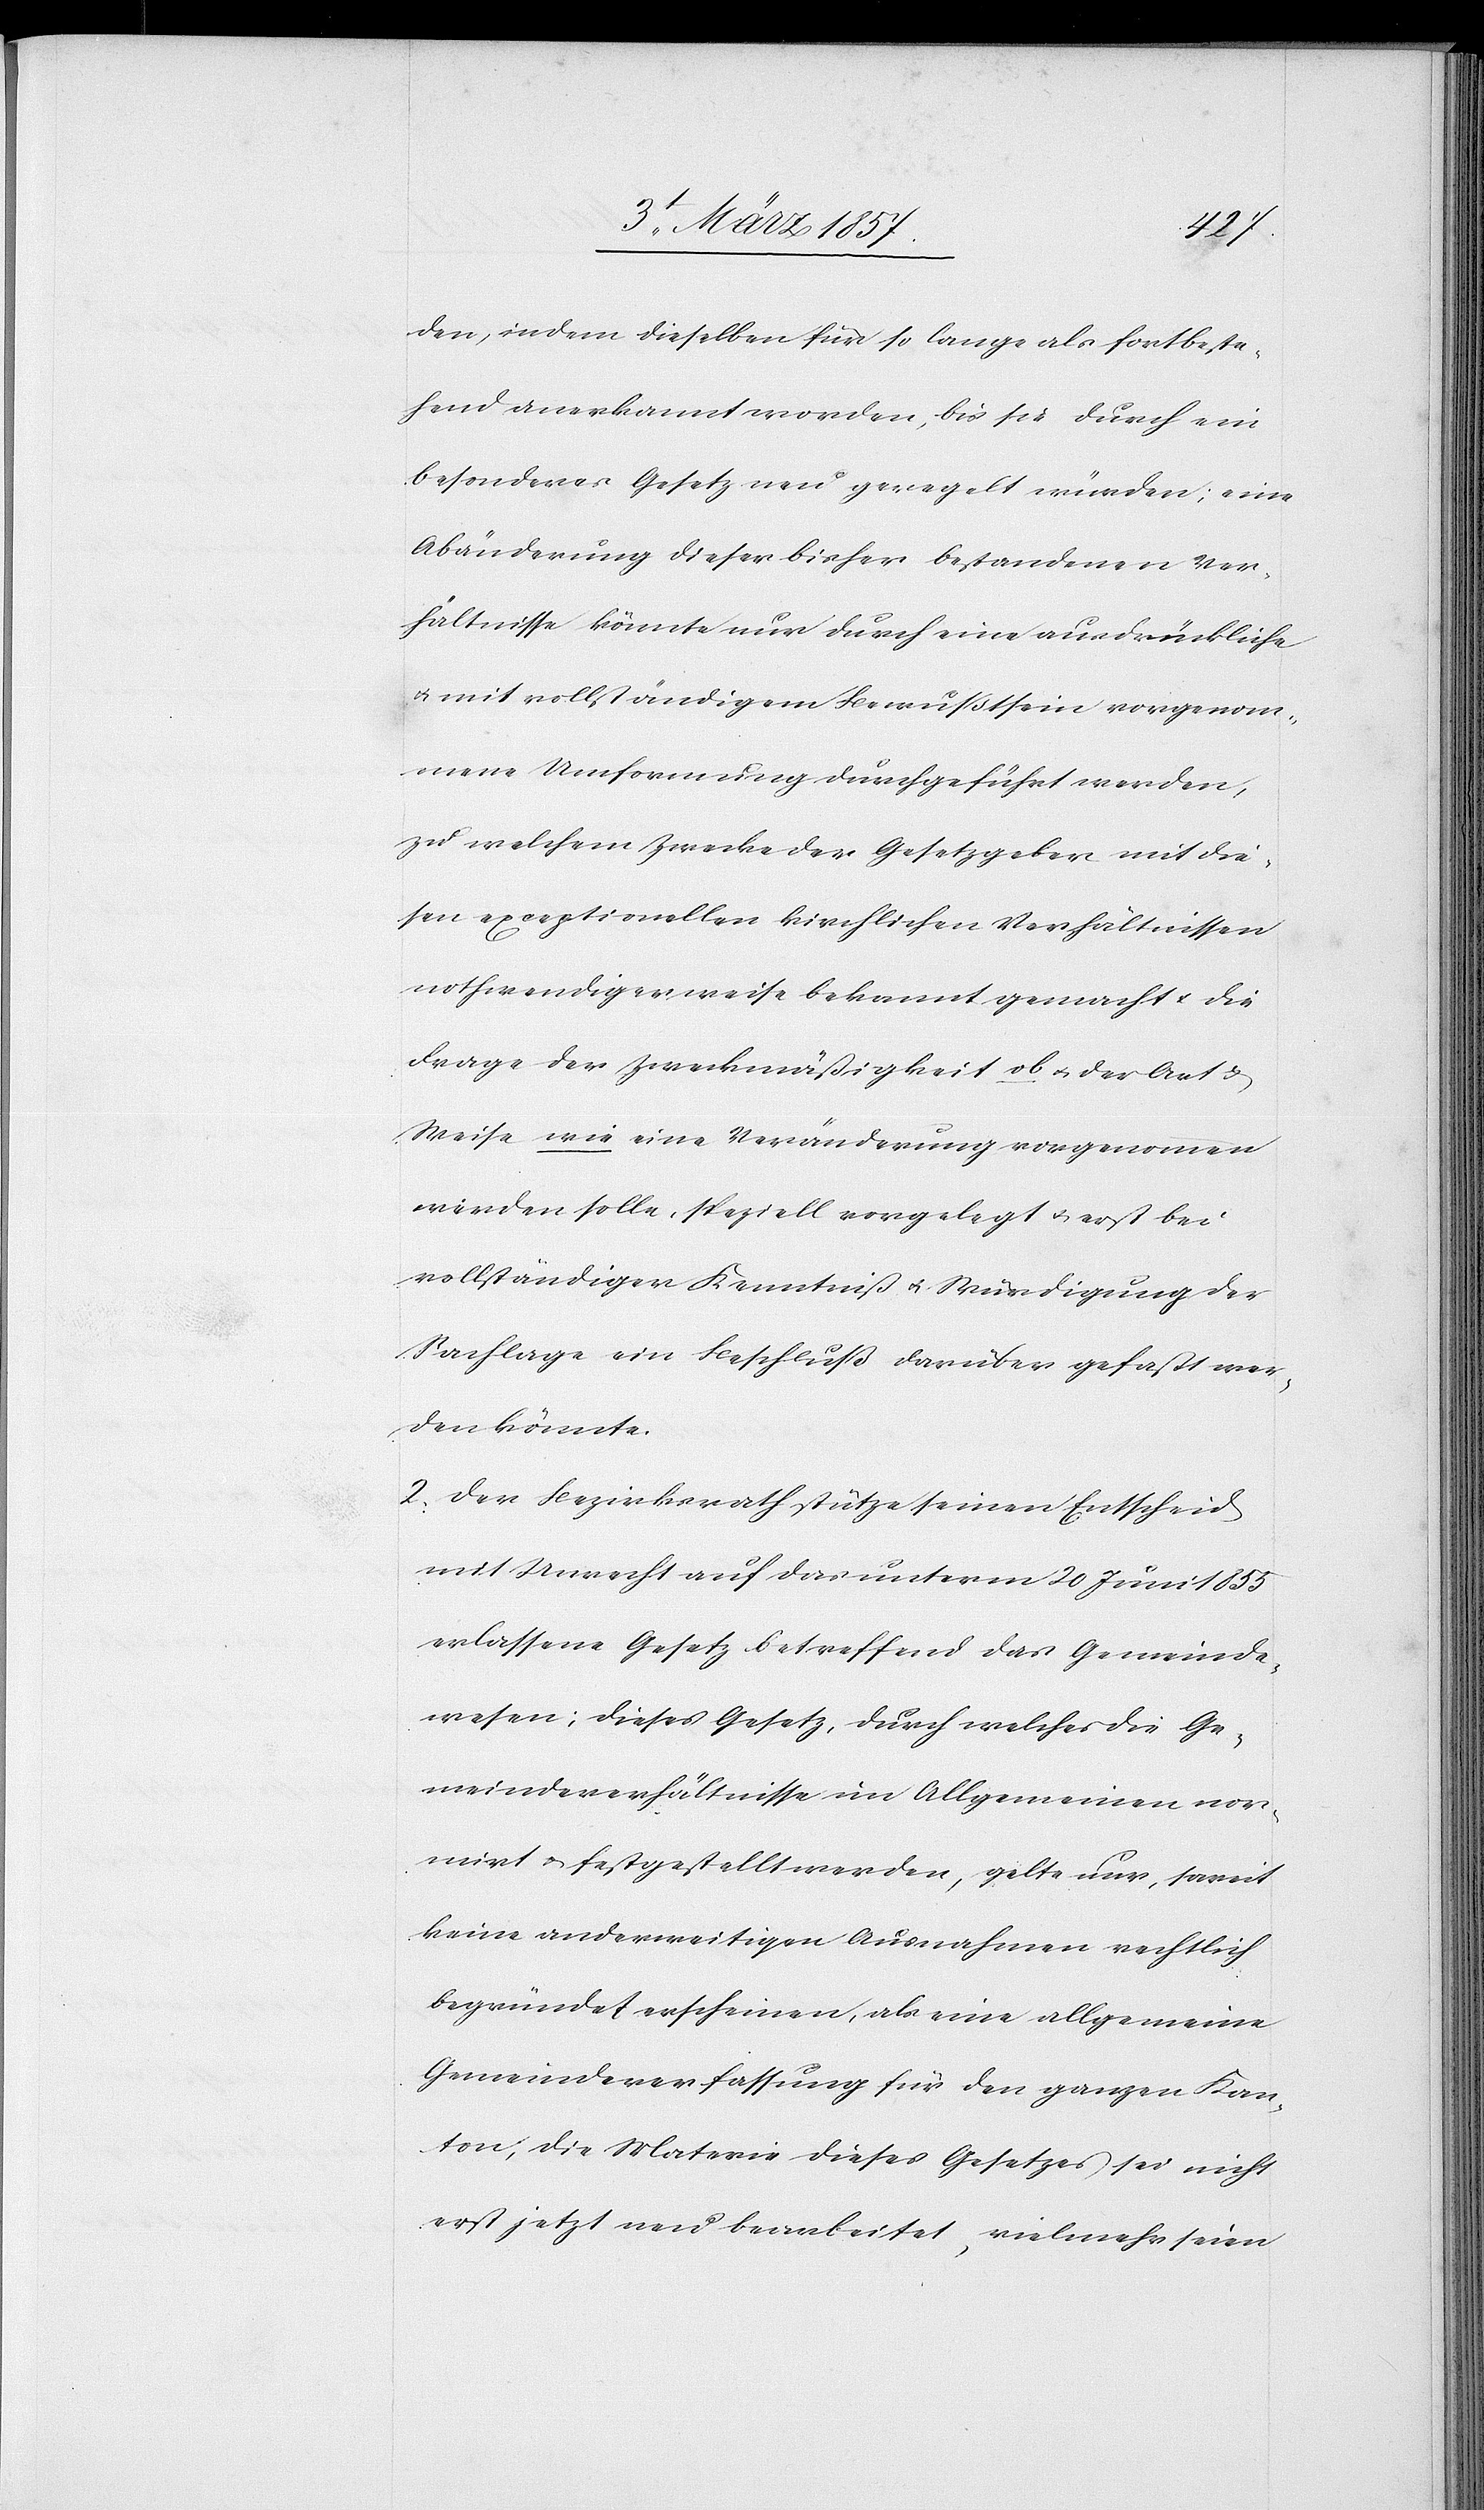
den, indem dieselben für so lange als fortbeste¬
hend anerkannt worden, bis sie durch ein
besonderes Gesetz neu geregelt würden; eine
Abänderung dieser bisher bestandenen Ver¬
hältnisse könnte nur durch eine ausdrückliche
u. mit vollständigem Bewußtsein vorgenom¬
mene Umformung durchgeführt werden,
zu welchem Zwecke der Gesetzgeber mit die¬
sem exceptionellen kirchlichen Verhältnissen
nothwendigerweise bekannt gemacht u. die
Frage der Zweckmäßigkeit ob u. der Art &
Weise wie eine Veränderung vorgenommen
werden solle, speziell vorgelegt u. erst bei
vollständiger Kenntniß u. Würdigung der
Sachlage ein Beschluß darüber gefaßt wer¬
den könnte.
2. Der Bezirksrath stütze seinen Entscheid
mit Unrecht auf das unterm 20 Juni 1855
erlassene Gesetz betreffend das Gemeinde¬
wesen; dieses Gesetz, durch welches die Ge¬
meindeverhältnisse im Allgemeinen nor¬
mirt u. festgestellt werden, gelte nur, soweit
keine anderweitigen Ausnahmen rechtlich
begründet erscheinen, als eine allgemeine
Gemeindeverfassung für den ganzen Kan¬
ton, die Materie dieses Gesetzes sei nicht
erst jetzt neu bearbeitet, vielmehr seien